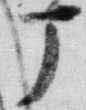
丁